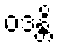
ဝဒန္တိ